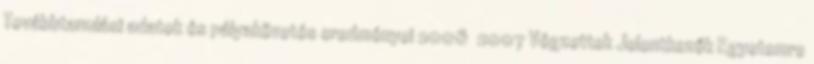
Továbbtanulási adatok és pályakövetés eredményei 2006 2007 Végzettek Jelentkezők Egyetemre